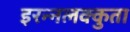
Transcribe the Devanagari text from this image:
इरन्नलक्कुता